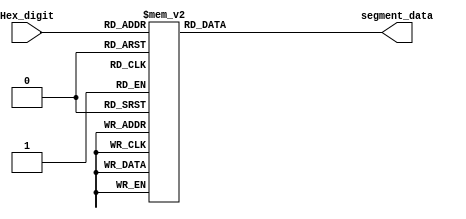
module DEC_7SEG(Hex_digit, segment_data);
	 input wire [3:0] Hex_digit;
	 output reg [6:0] segment_data;
 
				 always @(Hex_digit)
				/* Case statement implements a logic truth table using gates*/
				 case (Hex_digit)
				 4'b 0000: segment_data <= 7'b 1000000;
				 4'b 0001: segment_data <= 7'b 1111001;
				 4'b 0010: segment_data <= 7'b 0100100;
				 4'b 0011: segment_data <= 7'b 0110000;
				 4'b 0100: segment_data <= 7'b 0011001;
				 4'b 0101: segment_data <= 7'b 0010010;
				 4'b 0110: segment_data <= 7'b 0000010;
				 4'b 0111: segment_data <= 7'b 1111000;
				 4'b 1000: segment_data <= 7'b 0000000;
				 4'b 1001: segment_data <= 7'b 0011000;
				 4'b 1010: segment_data <= 7'b 0001000;
				 4'b 1011: segment_data <= 7'b 0000011;
				 4'b 1100: segment_data <= 7'b 0100111;
				 4'b 1101: segment_data <= 7'b 0100001;
				 4'b 1110: segment_data <= 7'b 0000110;
				 4'b 1111: segment_data <= 7'b 0001110;
				 default: segment_data <= 7'b 0110110;
 endcase 
 
 endmodule